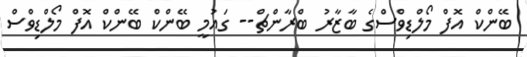
ބޭންކް އޮފް މޯލްޑިވްސްގެ ބާޒާރު ބްރާންޗް-- ގައުމީ ބޭންކް ބޭންކް އޮފް މޯލްޑިވްސް